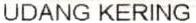
UDANG KERING